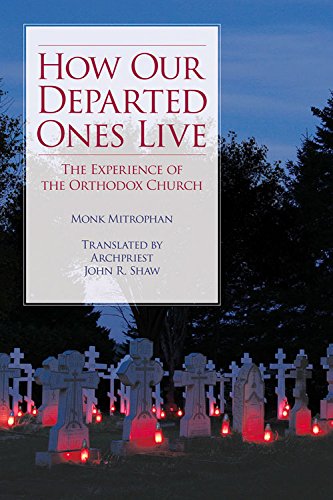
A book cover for How Our Departed Ones Live: The Experience of the Orthodox Church; Monk Mitrophan; Christian Books & Bibles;